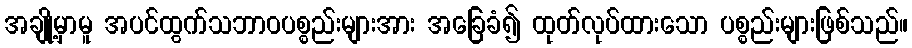
အချို့မှာမူ အပင်ထွက်သဘာဝပစ္စည်းများအား အခြေခံ၍ ထုတ်လုပ်ထားသော ပစ္စည်းများဖြစ်သည်။